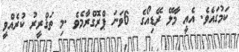
ކަމުގައެވެ. އެއީ މާލޭ ރޭޑިއޯގެ  6ވަނަ ޕްރޮގްރާމެވެ .މި ތަޤްރީރު ކުރެއްވީ